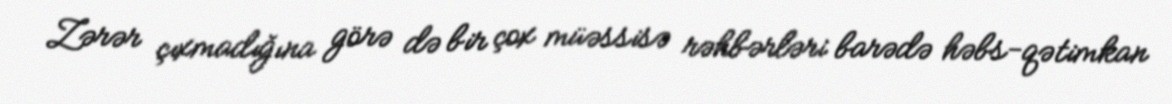
Zərər çıxmadığına görə də bir çox müəssisə rəhbərləri barədə həbs-qətimkan